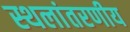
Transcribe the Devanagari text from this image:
स्थलांतरणीय